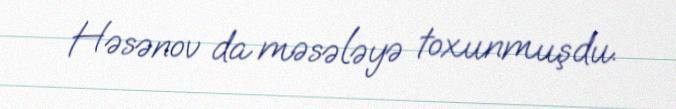
Həsənov da məsələyə toxunmuşdu.